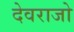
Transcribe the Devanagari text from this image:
देवराजो